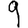
Digit: 9